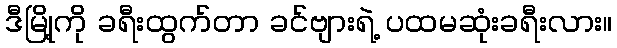
ဒီမြို့ကို ခရီးထွက်တာ ခင်ဗျားရဲ့ ပထမဆုံးခရီးလား။